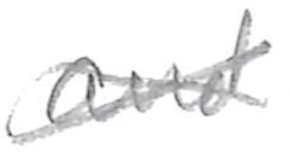
Text: and
Cross-out: cross
Writing tool: pencil